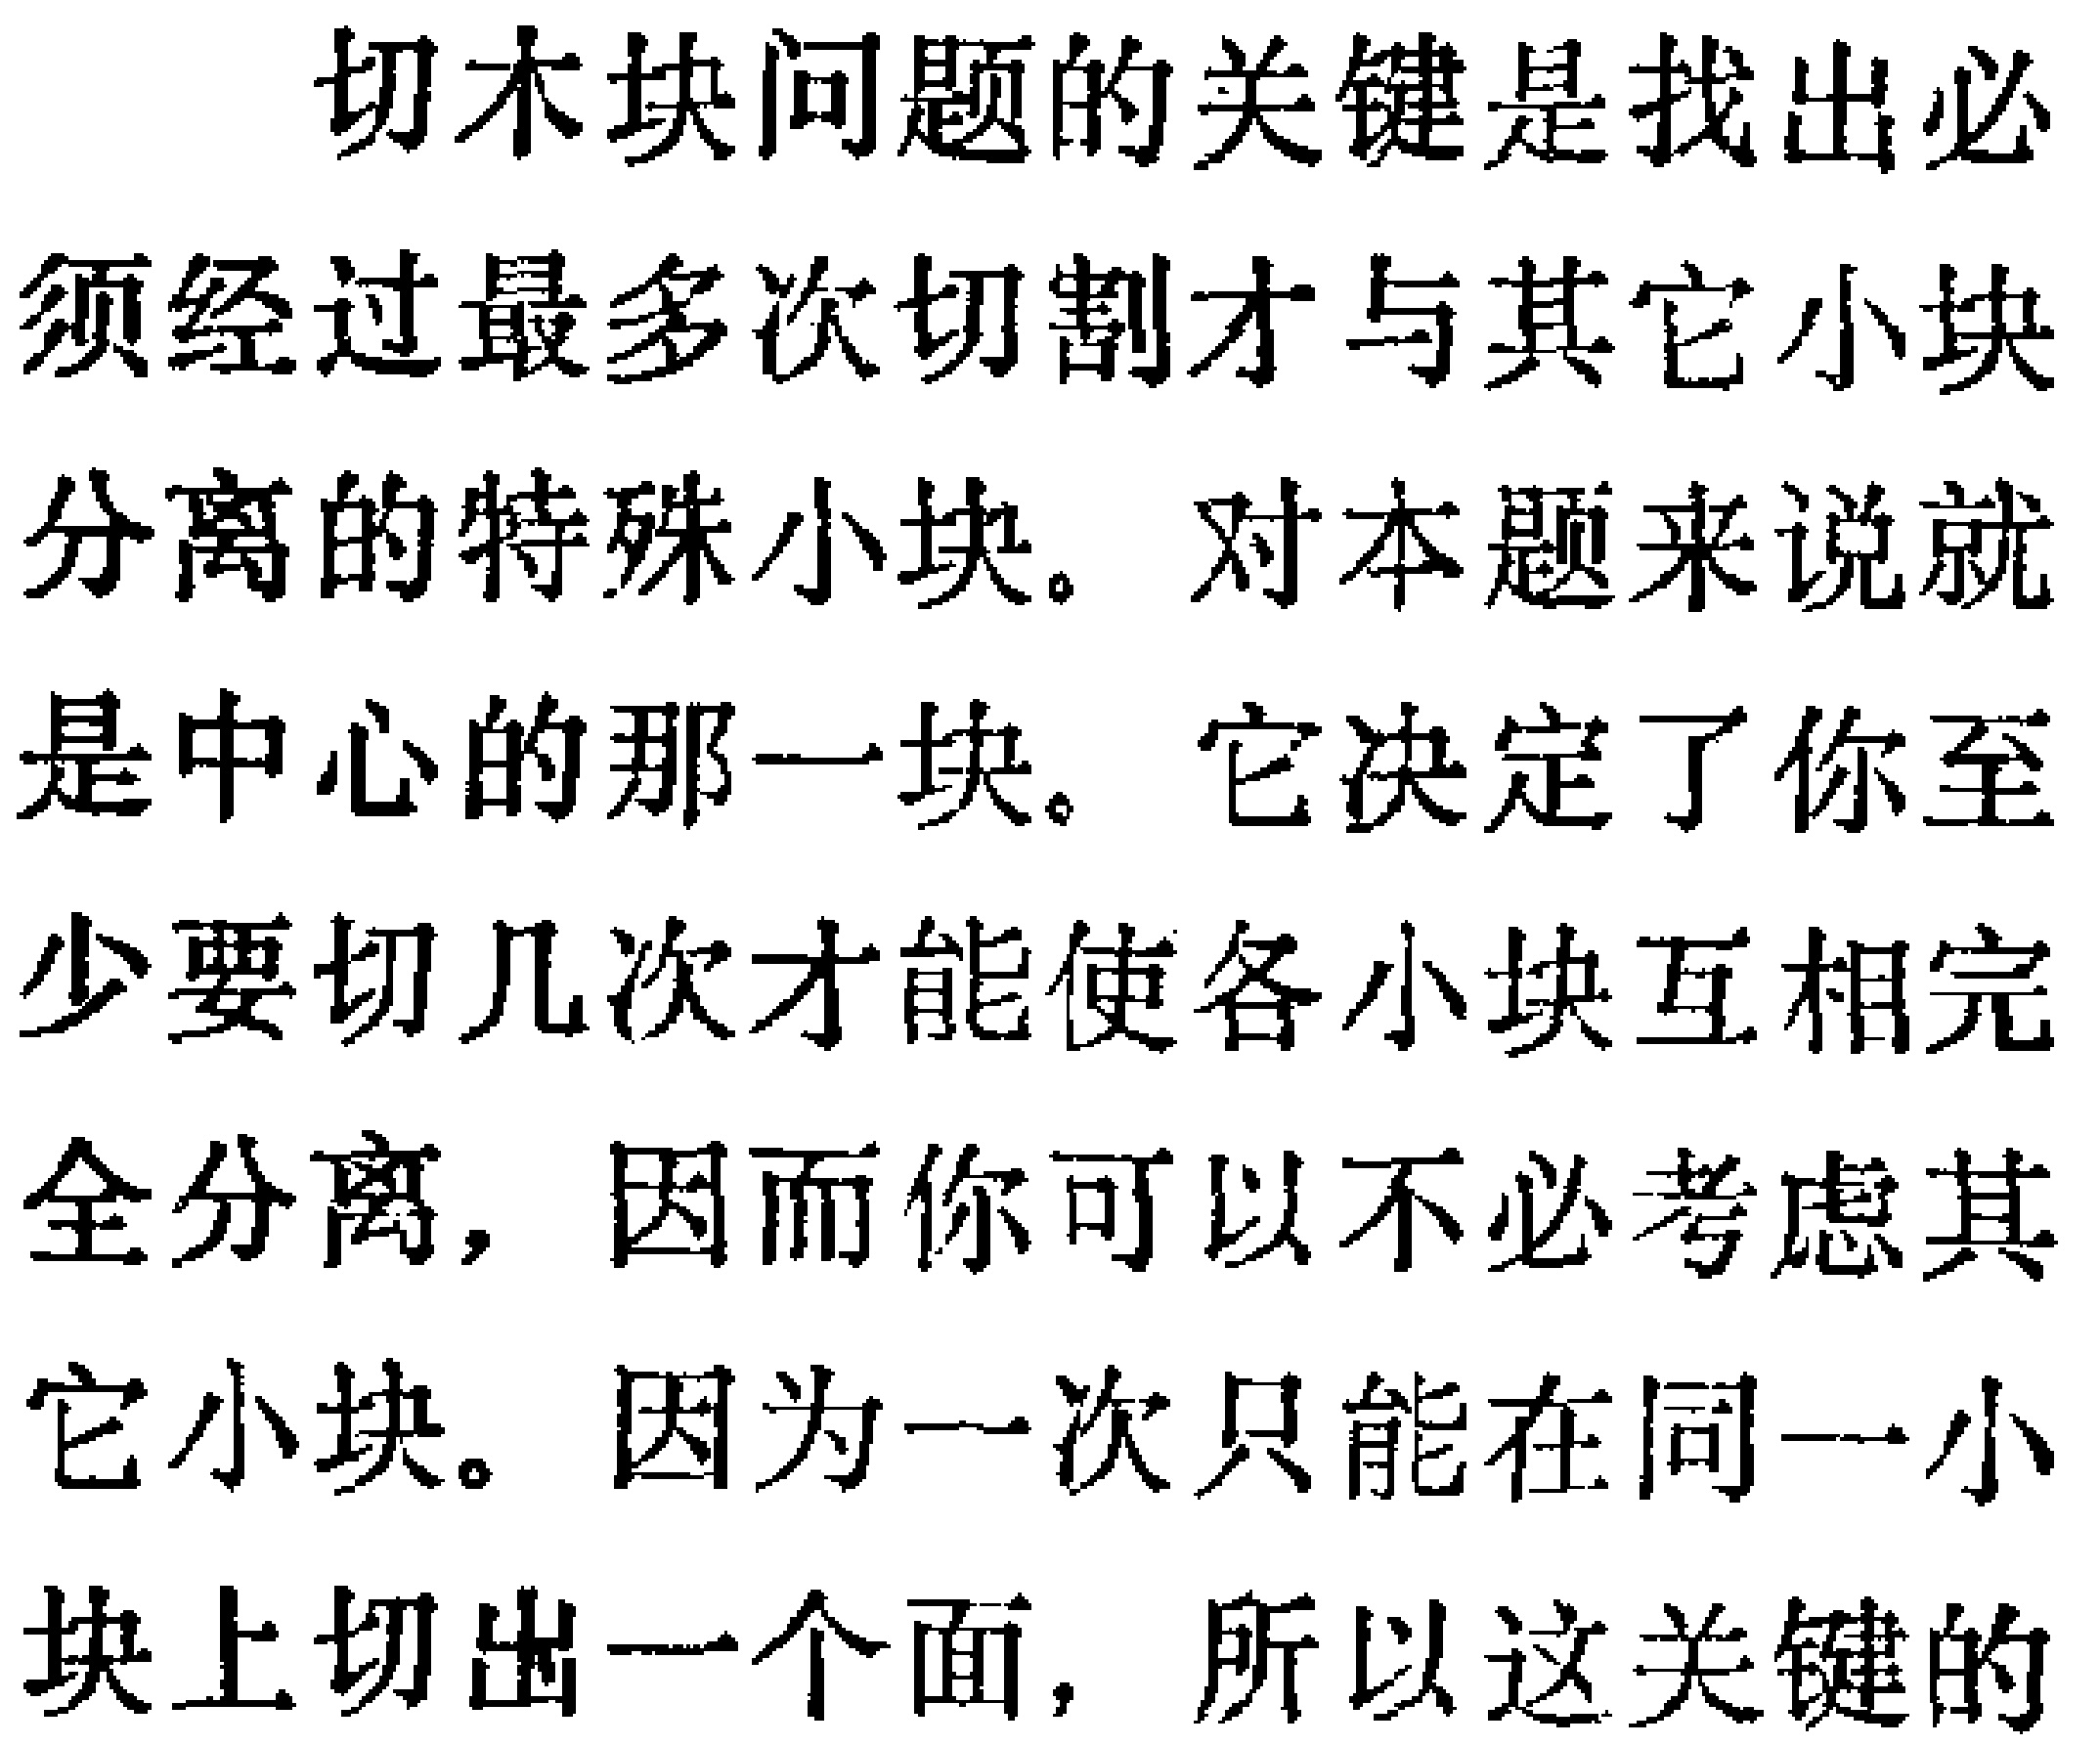
切木块问题的关键是找出必
须经过最多次切割才与其它小块
分离的特殊小块。对本题来说就
是中心的那一块。它决定了你至
少要切几次才能使各小块互相完
全分离，因而你可以不必考虑其
它小块。因为一次只能在同一小
块上切出一个面，所以这关键的